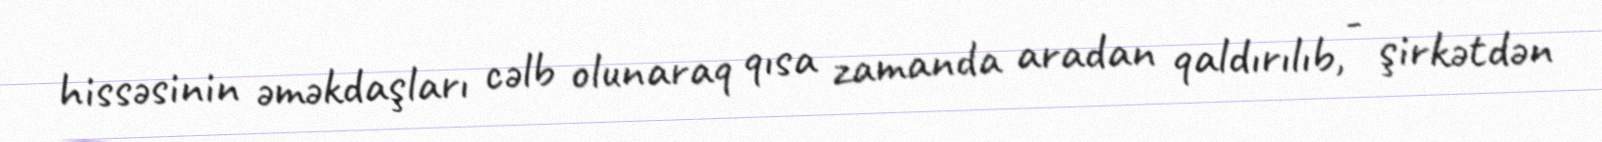
hissəsinin əməkdaşları cəlb olunaraq qısa zamanda aradan qaldırılıb, - şirkətdən